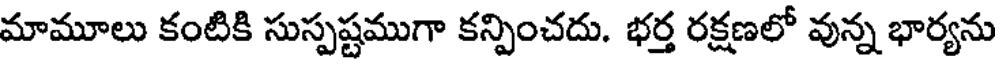
మామూలు కంటికి సుస్పష్టముగా కన్పించదు. భర్త రక్షణలో వున్న భార్యను